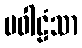
ပဝါဠံသာ